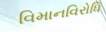
વિમાનવિરોધિ